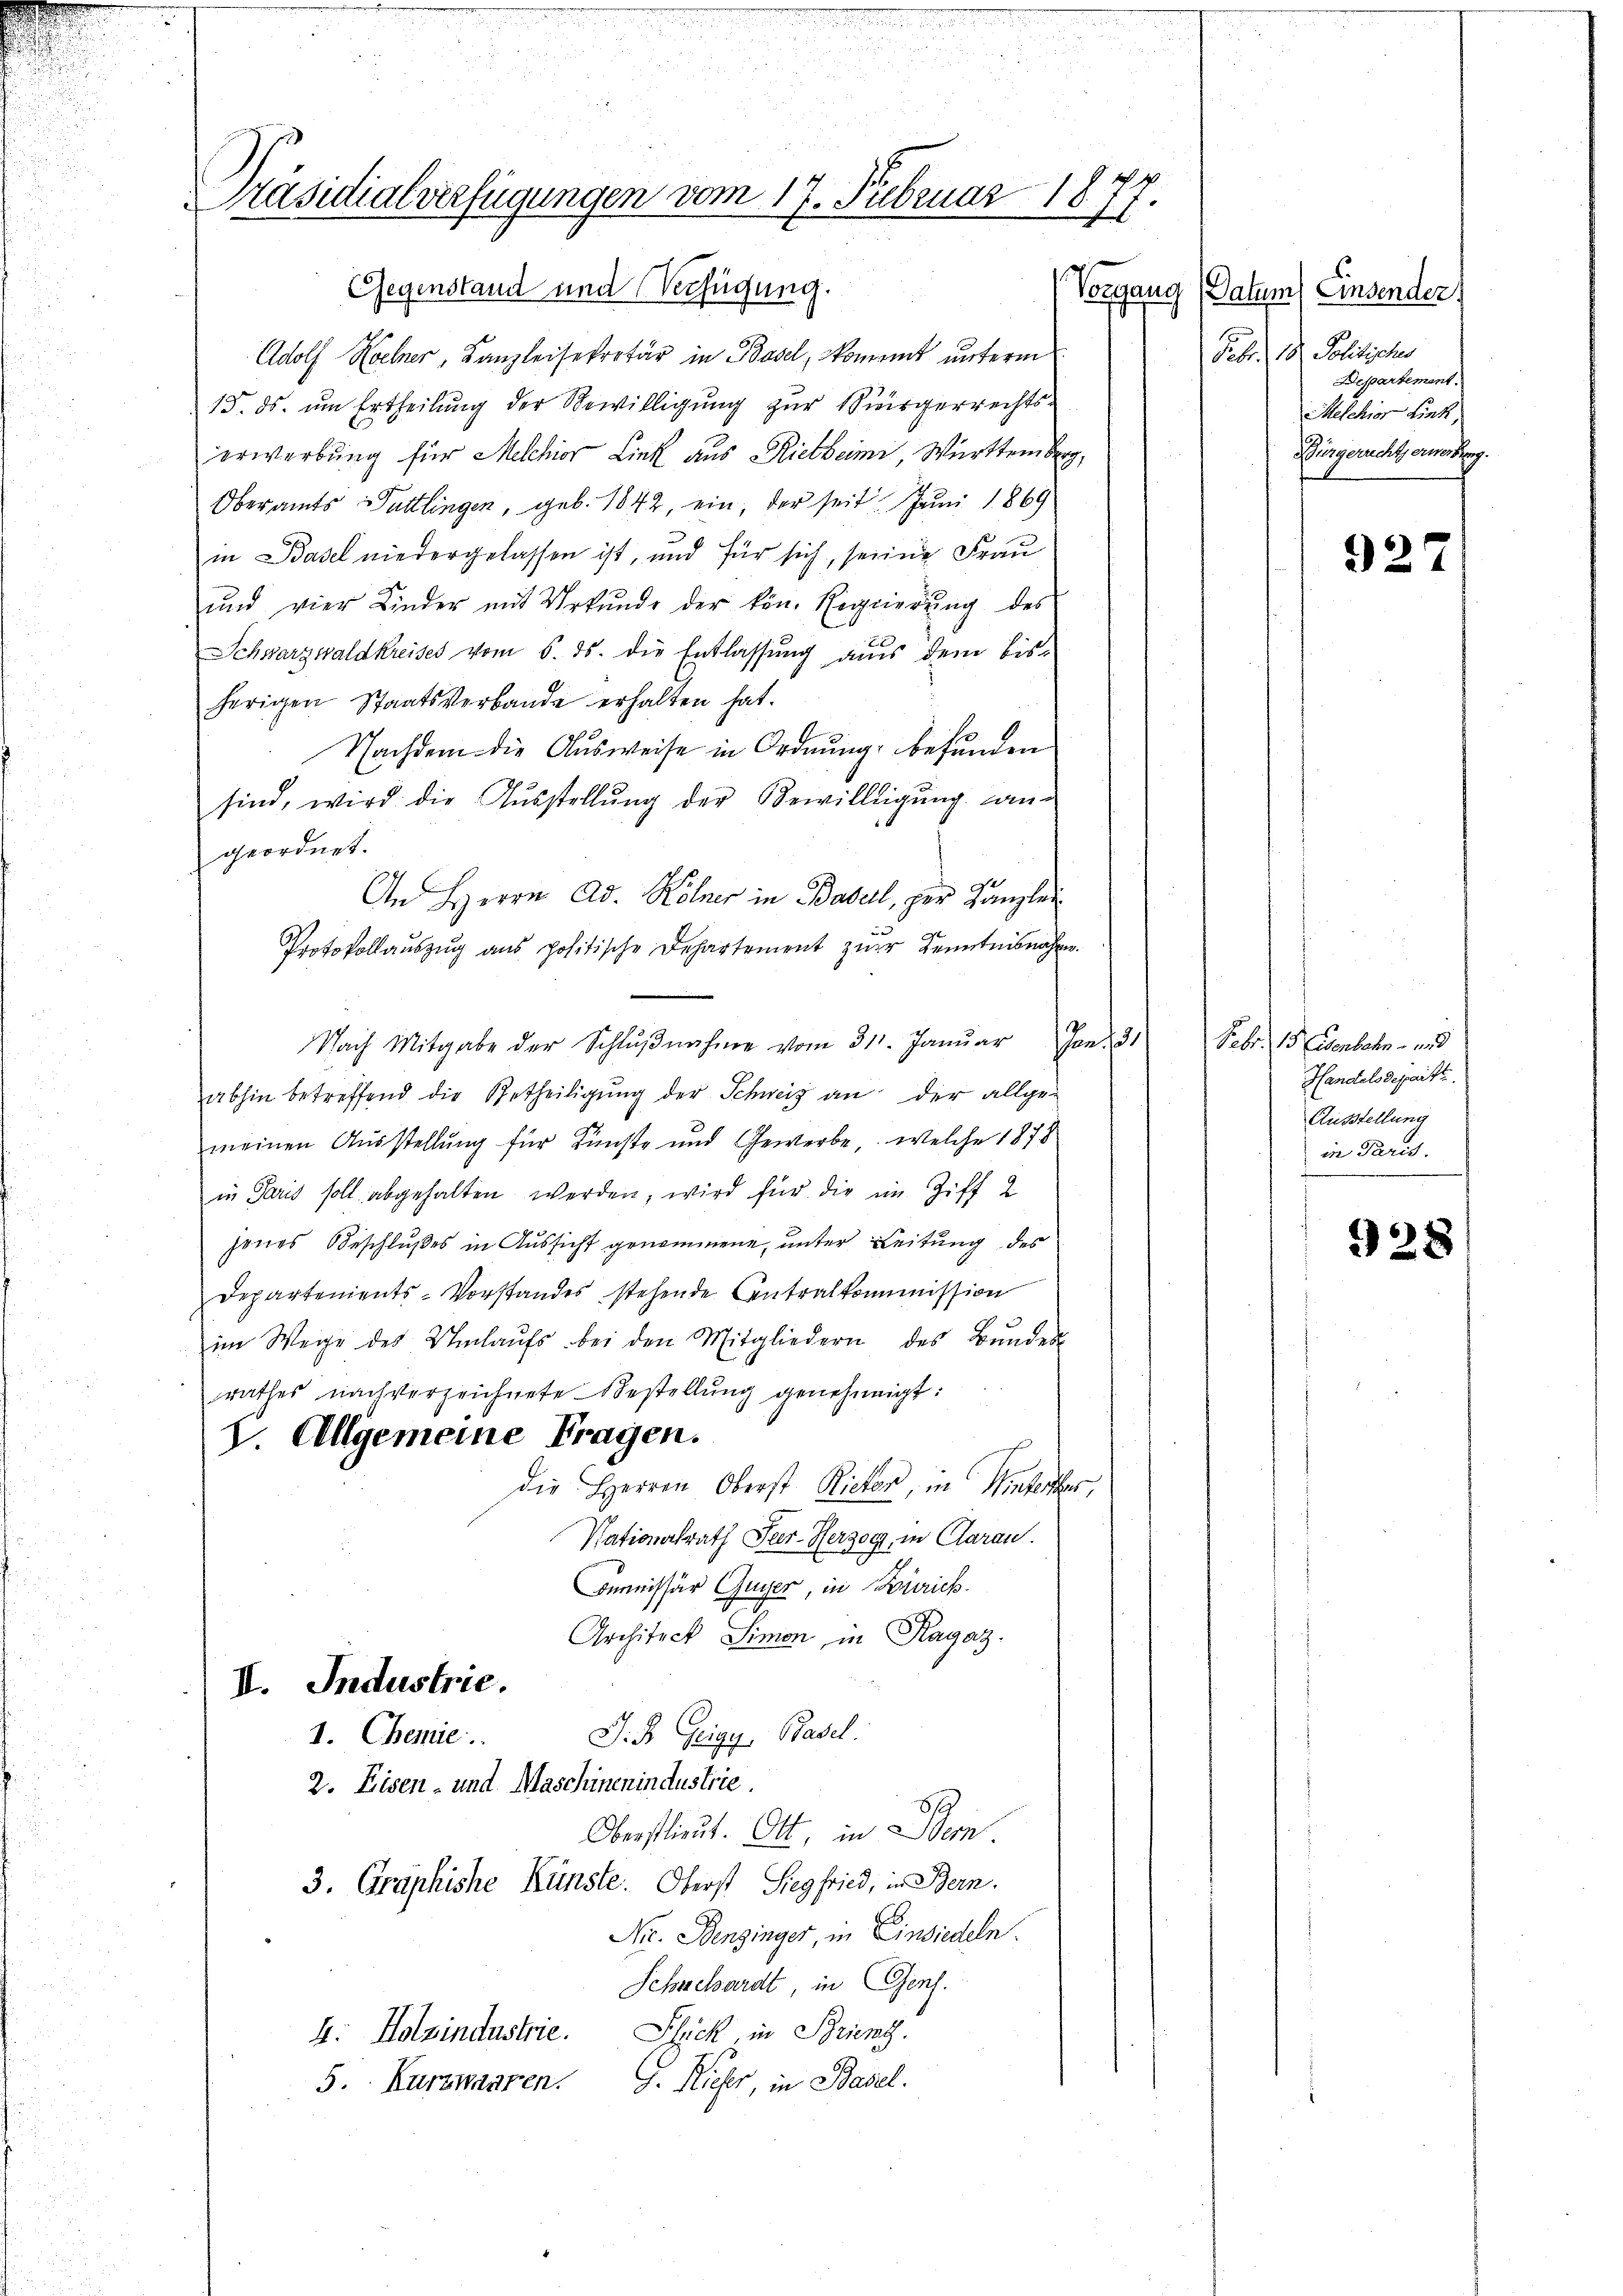
Präsidialverfügungen vom 17. Februar 1877.

Gegenstand und Verfügung.
Vergang
Adolf Hochner, Kanzleisekretär in Basel, Nament unterm
13. ds. um Ertheilung der Bewilligung zur Sergerrechtserwerbung für Melchior Link aus Rietheim, Württemberg,
Oberamts Tuttlingen, geb. 1842, ein, der seit Juni 1869
in Basel niedergelassen ist, und für sich, seine Frau
ŭnd vier Kinder mit Urkunde der kön. Regierŭng des
Schwarzwaldkreises vom 5. ds. die Entlassung aus dem bisherigen Staatsverbande erhalten hat.
Nachdem die Ausweise in Ordnung befunden
sind, wird die Ausstellung der Bewilligung. Langeordnet.
An Herrn Ad. Kölner in Basell, zur Kanzlei
Protokollauszug aus positische Departement zur Kenntnisnahme.
Nach Mitgabe der Schlŭβnahme vom 311. Janŭar Jan. 31
abhin betreffend die Betheiligung der Schweiz an der allge-
meinen Ausstellung für Künste und Gewerbe, welche 1878
in Paris soll abgehalten werden, wird für die im Ziff 2
jenes Beschlußes in Aussicht genommene, unter Leitung des
Departements-Vorstandes stehende Centralkommission
im Wege des Umlaŭfs bei den Mitgliedern des Bŭndes
rathes nach verzeichnete Bestellung genehmigt:
8. Allgemeine Fragen.
die Herren Oberst Ricker, in Winterer,
Nationalrath Peer-Herzog, in Aarau
Ommmissär Guyer, in Zürich
Architeck Simon, in Ragaz
II. Industrie.
1. Chemie
J. B. Geige, Basel.
2. Eisen- und Maschinenindustrie.
8
Oberstlieut. Ott, in Wern
3. Graphische Künste. Oberst Siegfried, in Bern.
Nre. Benzinger, in Einsiedeln.
Schachardt, in Genf.
4. Holzindustrie. Stück in Strient.
5. Kurzwaaren. G. Kiefer, in Basel.

Datum Einsender.
Febr. 18. Politischer
Departement.
Melchior Link
Bürgerucht erweisung

927

Febr. 18. Eisenbahn- und
Handelsdepartte
Ausstellung
in Paris.

928